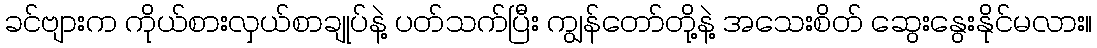
ခင်ဗျားက ကိုယ်စားလှယ်စာချုပ်နဲ့ ပတ်သက်ပြီး ကျွန်တော်တို့နဲ့ အသေးစိတ် ဆွေးနွေးနိုင်မလား။